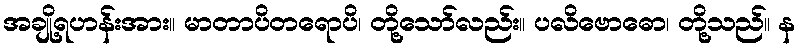
အချို့ရဟန်းအား။ မာတာပိတရောပိ၊ တို့သော်လည်း။ ပလိဗောဓော၊ တို့သည်။ န